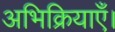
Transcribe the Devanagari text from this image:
अभिक्रियाएँ।